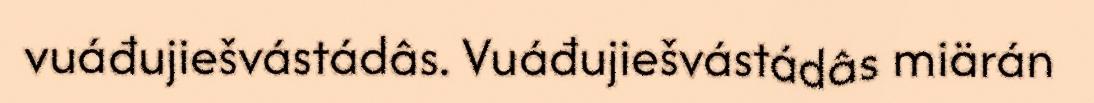
vuáđujiešvástádâs. Vuáđujiešvástádâs miärán